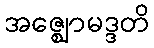
အဇ္ဈောမဒ္ဒတိ